Report of the King Institute of Preventive Medicine, Guindy
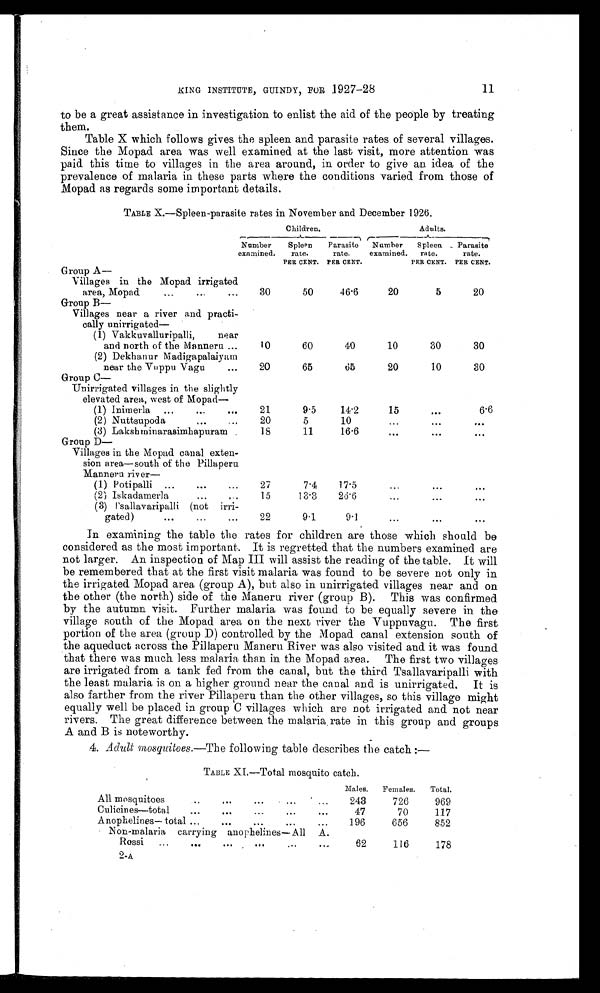
11
KING INSTITUTE, GUINDY, FOR 1927-28
to be a great assistance in investigation to enlist the aid of the people by treating
them.
Table X which follows gives the spleen and parasite rates of several villages.
Since the Mopad area was well examined at the last visit, more attention was
paid this time to villages in the area around, in order to give an idea of the
prevalence of malaria in these parts where the conditions varied from those of
Mopad as regards some important details.
TABLE X.—Spleen-parasite rates in November and December 1926.
Children.
Adults.
-A_
Number
examined.
Spleen
rate.
PER CENT.
Parasite
rate.
PER CENT.
Number
examined.
Spleen
rate.
PER CENT.
Parasite
rate.
PER CENT.
Group A
—
Villages in the Mopad irrigated
area, Mopad
...
...
...
30
50
46.6
20
5
20
Group B
Villages near a river and practi
–
cally unirrigated
—
(1) Vakkuvalluripalli,
near
and north of the Manneru ...
10
60
40
10
30
30
(2) Dekhanur Madigapalaiyam
near the Vuppu Vagu
...
20
65
65
20
10
30
Group C—
Unirrigated villages in the slightly
elevated area, west of Mopad
—
(1) Inimerla ...
...
...
21
9.5
14.2
15
...
6.6
(2) Nuttsupoda
. ••
...
20
5
10
. . .
. . .
. . .
(3) Lakshminarasimhapuram
18
11
16.6
. . .
. . .
. . .
G r o u p D —
Villages in the Mopad canal exten-
sion area—south of the Pillaperu
Manneru river
—
(1) Potipalli ...
••.
...
27
7.4
17.5
...
...
...
( 2 ) I s k a d a m e r l a ...
...
15
13.3
26.6
...
. . .
. . .
(3) Tsallavaripalli (not irri-
gated)
... ...
...
22
9.1
9.1
...
. . .
. . .
In examining the table the rates for children are those which should be
considered as the most important. It is regretted that the numbers examined are
not larger. An inspection of Map III will assist the reading of the table. It will
be remembered that at the first visit malaria was found to be severe not only in
the irrigated Mopad area (group A), but also in unirrigated villages near and on
the other (the north) side of the Maneru river (group B). This was confirmed
by the autumn visit. Further malaria was found to be equally severe in the
village south of the Mopad area on the next river the Vuppuvagu. The first
portion of the area (group D) controlled by the Mopad canal extension south of
the aqueduct across the Pillaperu Maneru River was also visited and it was found
that there was much less malaria than in the Mopad area. The first two villages
are irrigated from a tank fed from the canal, but the third Tsallavaripalli with
the least malaria is on a higher ground near the canal and is unirrigated. It is
also farther from the river Pillaperu than the other villages, so this village might
equally well be placed in group C villages which are not irrigated and not near
rivers. The great difference between the malaria rate in this group and groups
A and B is noteworthy.
4. Adult mosquitoes,—The following table describes the catch :—
TABLE XI.—Total mosquito catch.
Males,
Females.
Total.
All mosquitoes
...
...
...
...
243
726
969
Culicines—total
...
...
...
...
. . .
47
70
117
Anophelines— total ...
...
...
...
...
196
656
852
Non-malaria carrying anophelines— A ll
A.
Rossi
...
...
...
. . .
62
116
178